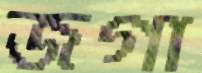
জগা